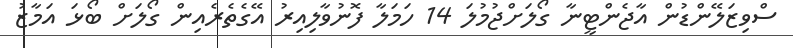
ސްވިޒަލޭންޑުން އާޖެންޓީނާ ގޯލަށްޖުމުލަ 14 ހަމަލާ ފޮނުވާލިއިރު އޭގެތެރެއިން ގޯލަށް ބޯޅަ އަމާޒު